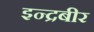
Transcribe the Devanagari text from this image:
इन्द्रबीर